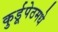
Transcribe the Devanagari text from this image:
कुर्डूपेठमधे